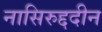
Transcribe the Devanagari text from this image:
नासिरुद्ददीन